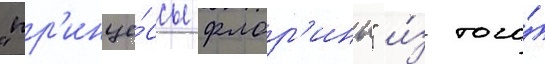
"пр'инце́ссы флор'ины" и́з того́